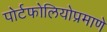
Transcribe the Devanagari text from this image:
पोर्टफोलियोप्रमाणे